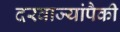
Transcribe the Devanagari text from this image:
दरवाज्यांपैकी